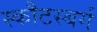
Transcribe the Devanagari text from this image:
स्कौटस्बर्ग